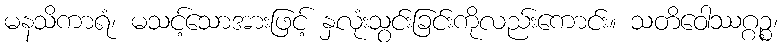
မနသိကာရံ၊ မသင့်သောအားဖြင့် နှလုံးသွင်းခြင်းကိုလည်းကောင်း။ သတိဝေါဿဂ္ဂဉ္စ၊